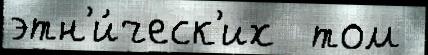
этн'и́ческ'их  том